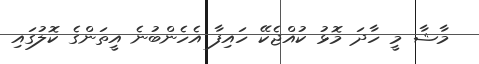
މާޝާ މީ ހާދަ މޮޅު ކުއްޖެކޭ ހައިފާ އެހެންބުނެ އީތަންގެ ކޮލުގައި